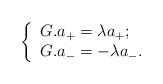
LaTeX: \begin{align*}\left\lbrace \begin{array}{ll} G.a_{+}=\lambda a_{+}; \\ G.a_{-}=-\lambda a_{-} .\end{array} \right.\end{align*}